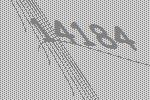
14184